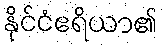
နိုင်ငံဧရိယာ၏